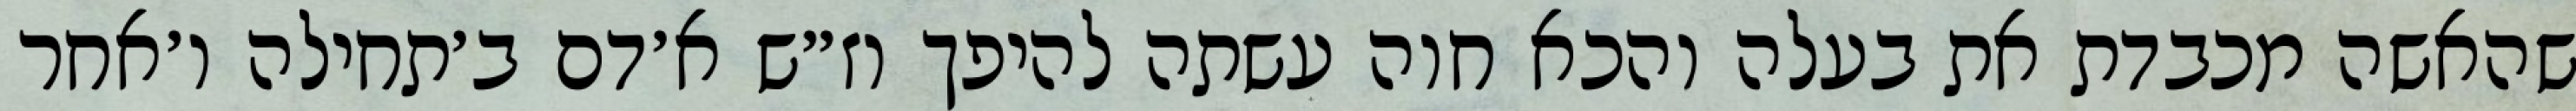
שהאשה מכבדת את בעלה והכא חוה עשתה להיפך וז״ש א׳דם ב׳תחילה ו׳אחר